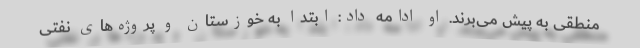
منطقی به پیش می‌برند. او ادامه داد: ابتدا به خوزستان و پروژه‌های نفتی